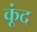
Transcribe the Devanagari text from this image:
कूंद